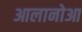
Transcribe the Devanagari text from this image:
आलानोआ